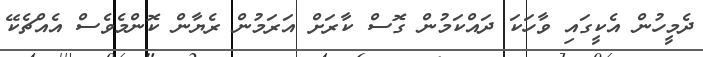
ދެމީހުން އެކީގައި ވާހަކަ ދައްކަމުން ގޮސް ކާރަށް އަރަމުން ރެޔާން ކޮންމެވެސް އެއްޗެކޭ